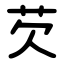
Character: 芡